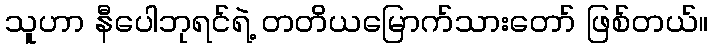
သူဟာ နီပေါဘုရင်ရဲ့ တတိယမြောက်သားတော် ဖြစ်တယ်။